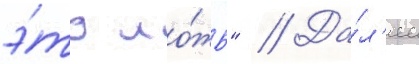
э́то ло́жь" // Да́л'ее